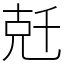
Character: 兛